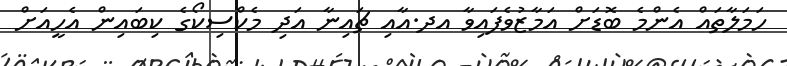
ހަމަލާތައް އެންމެ ބޮޑަށް އަމާޒުވެފައިވާ އދ.އާއި ޗައިނާ އަދި މެކްސިކޯގެ ކިބައިން އެހީއަށް